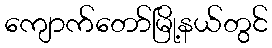
ကျောက်တော်မြို့နယ်တွင်